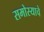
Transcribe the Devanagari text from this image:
समोस्याचे